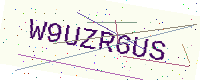
Text: W9UZR6US